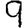
Digit: 9